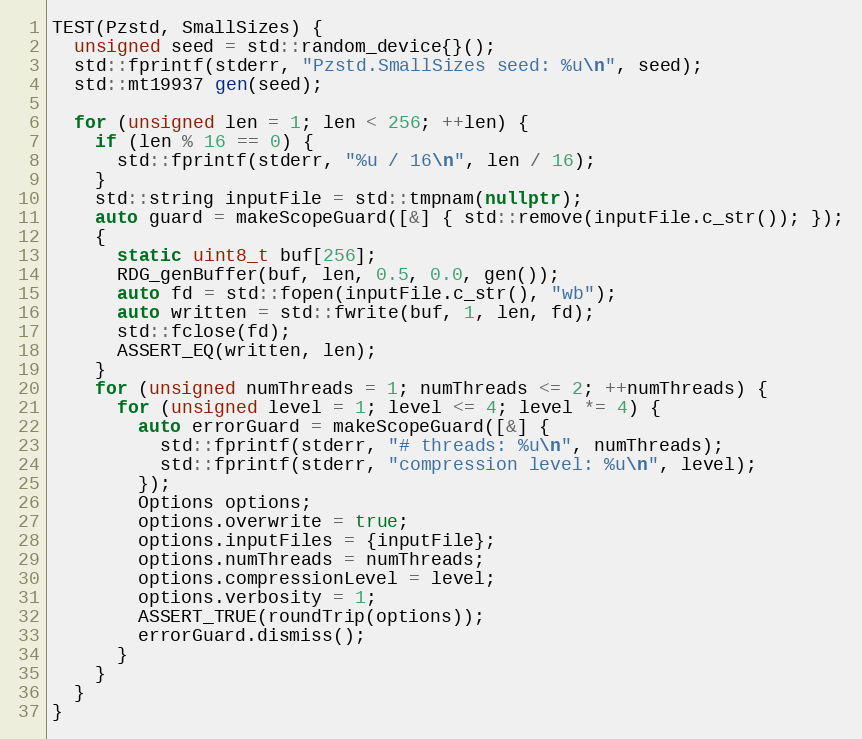
Language: C++
TEST(Pzstd, SmallSizes) {
  unsigned seed = std::random_device{}();
  std::fprintf(stderr, "Pzstd.SmallSizes seed: %u\n", seed);
  std::mt19937 gen(seed);

  for (unsigned len = 1; len < 256; ++len) {
    if (len % 16 == 0) {
      std::fprintf(stderr, "%u / 16\n", len / 16);
    }
    std::string inputFile = std::tmpnam(nullptr);
    auto guard = makeScopeGuard([&] { std::remove(inputFile.c_str()); });
    {
      static uint8_t buf[256];
      RDG_genBuffer(buf, len, 0.5, 0.0, gen());
      auto fd = std::fopen(inputFile.c_str(), "wb");
      auto written = std::fwrite(buf, 1, len, fd);
      std::fclose(fd);
      ASSERT_EQ(written, len);
    }
    for (unsigned numThreads = 1; numThreads <= 2; ++numThreads) {
      for (unsigned level = 1; level <= 4; level *= 4) {
        auto errorGuard = makeScopeGuard([&] {
          std::fprintf(stderr, "# threads: %u\n", numThreads);
          std::fprintf(stderr, "compression level: %u\n", level);
        });
        Options options;
        options.overwrite = true;
        options.inputFiles = {inputFile};
        options.numThreads = numThreads;
        options.compressionLevel = level;
        options.verbosity = 1;
        ASSERT_TRUE(roundTrip(options));
        errorGuard.dismiss();
      }
    }
  }
}